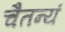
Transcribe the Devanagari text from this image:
चैतन्यं